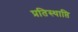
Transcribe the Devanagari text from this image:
प्रतिस्थाप्ति